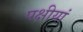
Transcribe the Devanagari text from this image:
पक्षीयां